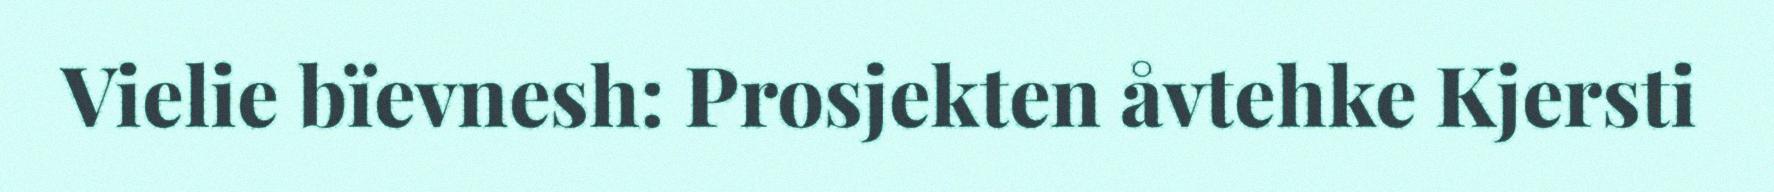
Vielie bïevnesh: Prosjekten åvtehke Kjersti